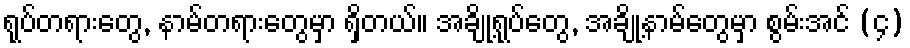
ရုပ်တရားတွေ, နာမ်တရားတွေမှာ ရှိတယ်။ အချို့ရုပ်တွေ, အချို့နာမ်တွေမှာ စွမ်းအင် (၄)